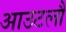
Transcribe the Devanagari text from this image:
आउटलौ